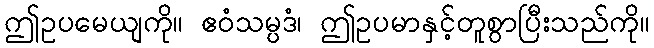
ဤဥပမေယျကို။ ဧဝံသမ္ပဒံ၊ ဤဥပမာနှင့်တူစွာပြီးသည်ကို။